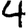
Digit: 4